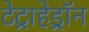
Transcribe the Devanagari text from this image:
टेट्राहेड्रॉन